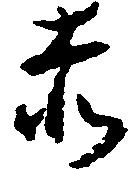
赤